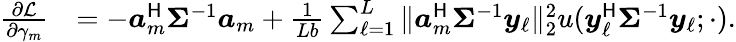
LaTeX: \begin{array}{rl}{\frac{\partial\mathcal{L}}{\partial\gamma_{m}}}&{=-\boldsymbol{a}_{m}^{\sf H}\boldsymbol{\Sigma}^{-1}\boldsymbol{a}_{m}+\frac{1}{Lb}\sum_{\ell=1}^{L}\| \boldsymbol{a}_{m}^{\sf H}\boldsymbol{\Sigma}^{-1}\boldsymbol{y}_{\ell}\| _{2}^{2}u(\boldsymbol{y}_{\ell}^{\sf H}\boldsymbol{\Sigma}^{-1}\boldsymbol{y}_{\ell};\cdot).}\end{array}